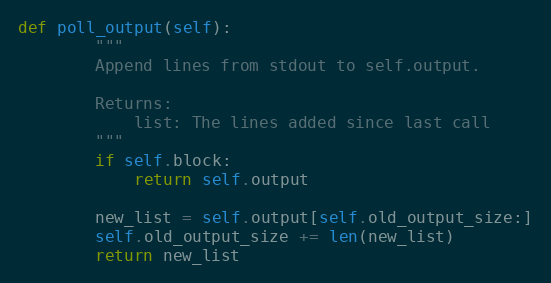
Language: Python
def poll_output(self):
        """
        Append lines from stdout to self.output.

        Returns:
            list: The lines added since last call
        """
        if self.block:
            return self.output

        new_list = self.output[self.old_output_size:]
        self.old_output_size += len(new_list)
        return new_list